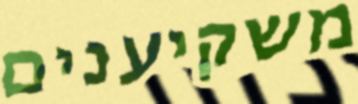
משקיענים